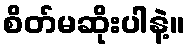
စိတ်မဆိုးပါနဲ့။